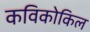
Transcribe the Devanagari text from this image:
कविकोकिल